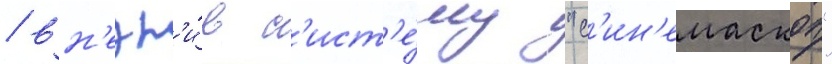
/ вн'едр'и́в с'ист'е́му "с'ин'емаскоп"